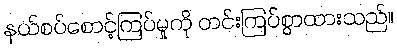
နယ်စပ်စောင့်ကြပ်မှုကို တင်းကြပ်စွာထားသည်။